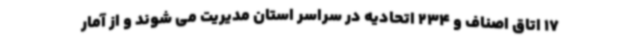
17 اتاق اصناف و 234 اتحادیه در سراسر استان مدیریت می شوند و از آمار